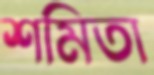
শমিতা